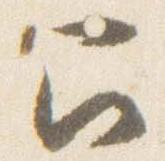
召